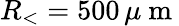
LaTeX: R_{<}=500\, \mu\mathrm{~m~}